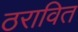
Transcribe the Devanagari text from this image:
ठरावित